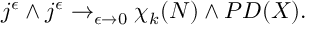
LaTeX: j ^ { \epsilon } \wedge j ^ { \epsilon } \rightarrow _ { \epsilon \rightarrow 0 } \chi _ { k } ( N ) \wedge P D ( X ) .